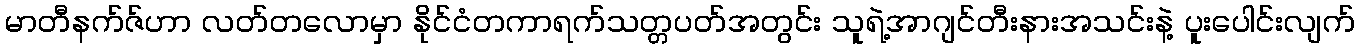
မာတီနက်ဇ်ဟာ လတ်တလောမှာ နိုင်ငံတကာရက်သတ္တပတ်အတွင်း သူရဲ့အာဂျင်တီးနားအသင်းနဲ့ ပူးပေါင်းလျက်